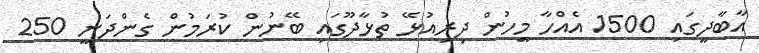
އާބާދީގައި 1500 އެއްހާ މީހުން ދިރިއުޅޭ ތުޅާދޫގައި ބޭނުން ކުރަމުން ގެންދަނީ 250